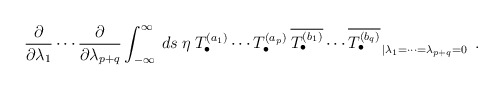
\begin{align*}\frac{\partial}{\partial \lambda_1} \cdots \frac{\partial}{\partial\lambda_{p+q}} \int_{-\infty}^\infty\:ds\:\eta \left.T^{(a_1)}_\bullet \cdots T^{(a_p)}_\bullet \:\overline{T^{(b_1)}_\bullet} \cdots \overline{T^{(b_q)}_\bullet}\right._{|\lambda_1=\cdots=\lambda_{p+q}=0} \;.\end{align*}